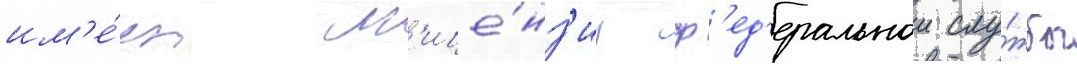
им'е́ет л'ице́нз'иу ф'ед'еральнои слу́жбы